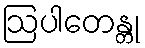
ဩပါတေန္တု